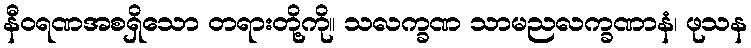
နီဝရဏအစရှိသော တရားတို့ကို။ သလက္ခဏ သာမညလက္ခဏာနံ၊ ဖုသန